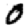
Digit: 0